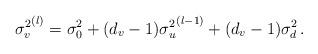
LaTeX: \begin{align*}{\sigma^{2}_{v}}^{(l)}=\sigma^{2}_{0}+(d_{v}-1){\sigma^{2}_{u}}^{(l-1)}+(d_{v}-1)\sigma^{2}_{d}\,.\end{align*}